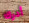
أدرك